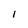
Character: 1